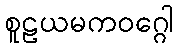
စူဠယမကဝဂ္ဂေါ